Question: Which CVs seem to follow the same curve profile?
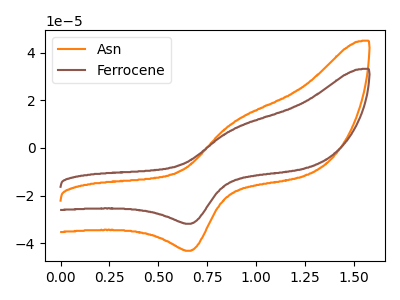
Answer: <think>The orange curve "Asn" has an anodic peak at (0.90V, 10.80uA) and a cathodic peak at (0.65V, -43.20uA). The brown curve "Ferrocene" has an anodic peak at (0.90V, 8.00uA) and a cathodic peak at (0.65V, -31.85uA).
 All the peaks in "Asn" have a peak in "Ferrocene" at the same potential. Every peak in "Asn" is higher than every peak in "Ferrocene".</think>
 <answer>"Asn" and "Ferrocene" have the same shape and are likely CV's of the same chemical.</answer>
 <eval>"Asn" "Ferrocene"</eval>